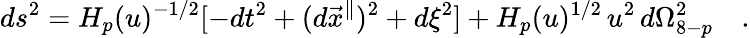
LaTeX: ds^{2}=H_{p}(u)^{-1/2}[-dt^{2}+(d{{\vec{x}}^{\parallel}})^{2}+d\xi^{2}]+H_{p}(u)^{1/2}\, u^{2}\, d\Omega_{8-p}^{2}\quad.